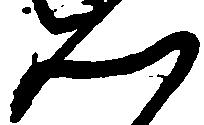
ん